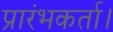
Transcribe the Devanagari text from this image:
प्रारंभकर्ता।